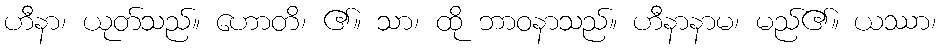
ဟီနာ၊ ယုတ်သည်။ ဟောတိ၊ ၏။ သာ၊ ထို ဘာဝနာသည်။ ဟီနာနာမ၊ မည်၏။ ယဿာ၊